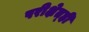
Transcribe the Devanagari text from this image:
परीक्षेत्ही